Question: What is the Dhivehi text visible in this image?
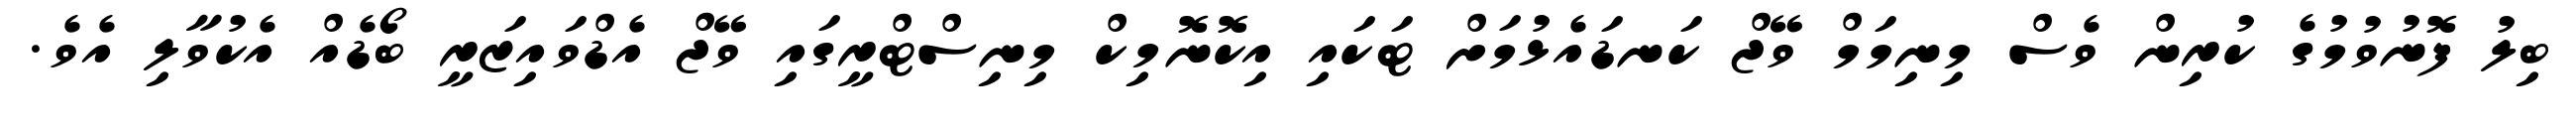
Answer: ބިލު ފޮނުވުމުގެ ކުރިން ވެސް މިނިމަމް ވޭޖް ކަނޑައެޅުމަށް ޓަކައި އިކޮނޮމިކް މިނިސްޓްރީގައި ވޭޖް އެޑްވައިޒަރީ ބޯޑެއް އެކުވާލި އެވެ.